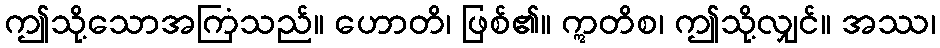
ဤသို့သောအကြံသည်။ ဟောတိ၊ ဖြစ်၏။ ဣတိစ၊ ဤသို့လျှင်။ အဿ၊